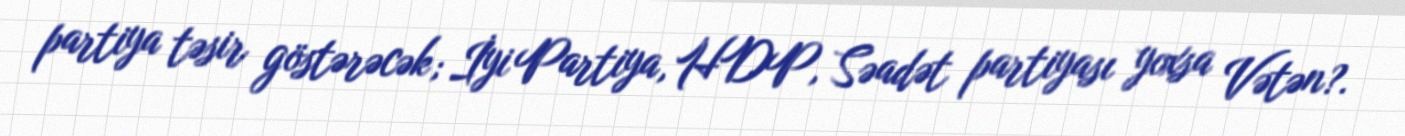
partiya təsir göstərəcək; İyi Partiya, HDP, Səadət partiyası yoxsa Vətən?.